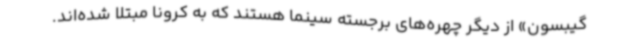
گیبسون» از دیگر چهره‌های برجسته سینما هستند که به کرونا مبتلا شده‌اند.